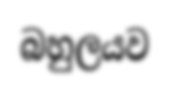
බහුලයව